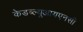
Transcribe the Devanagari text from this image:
केडब्ल्यूआयएनसी